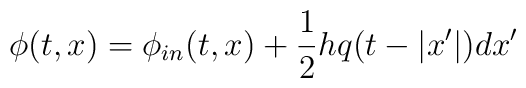
\phi(t,x)= \phi_{in}(t,x) +{1\over 2} h q(t-|x'|) dx'